Tartu_pedagoogiumi_aruanded, lk 6
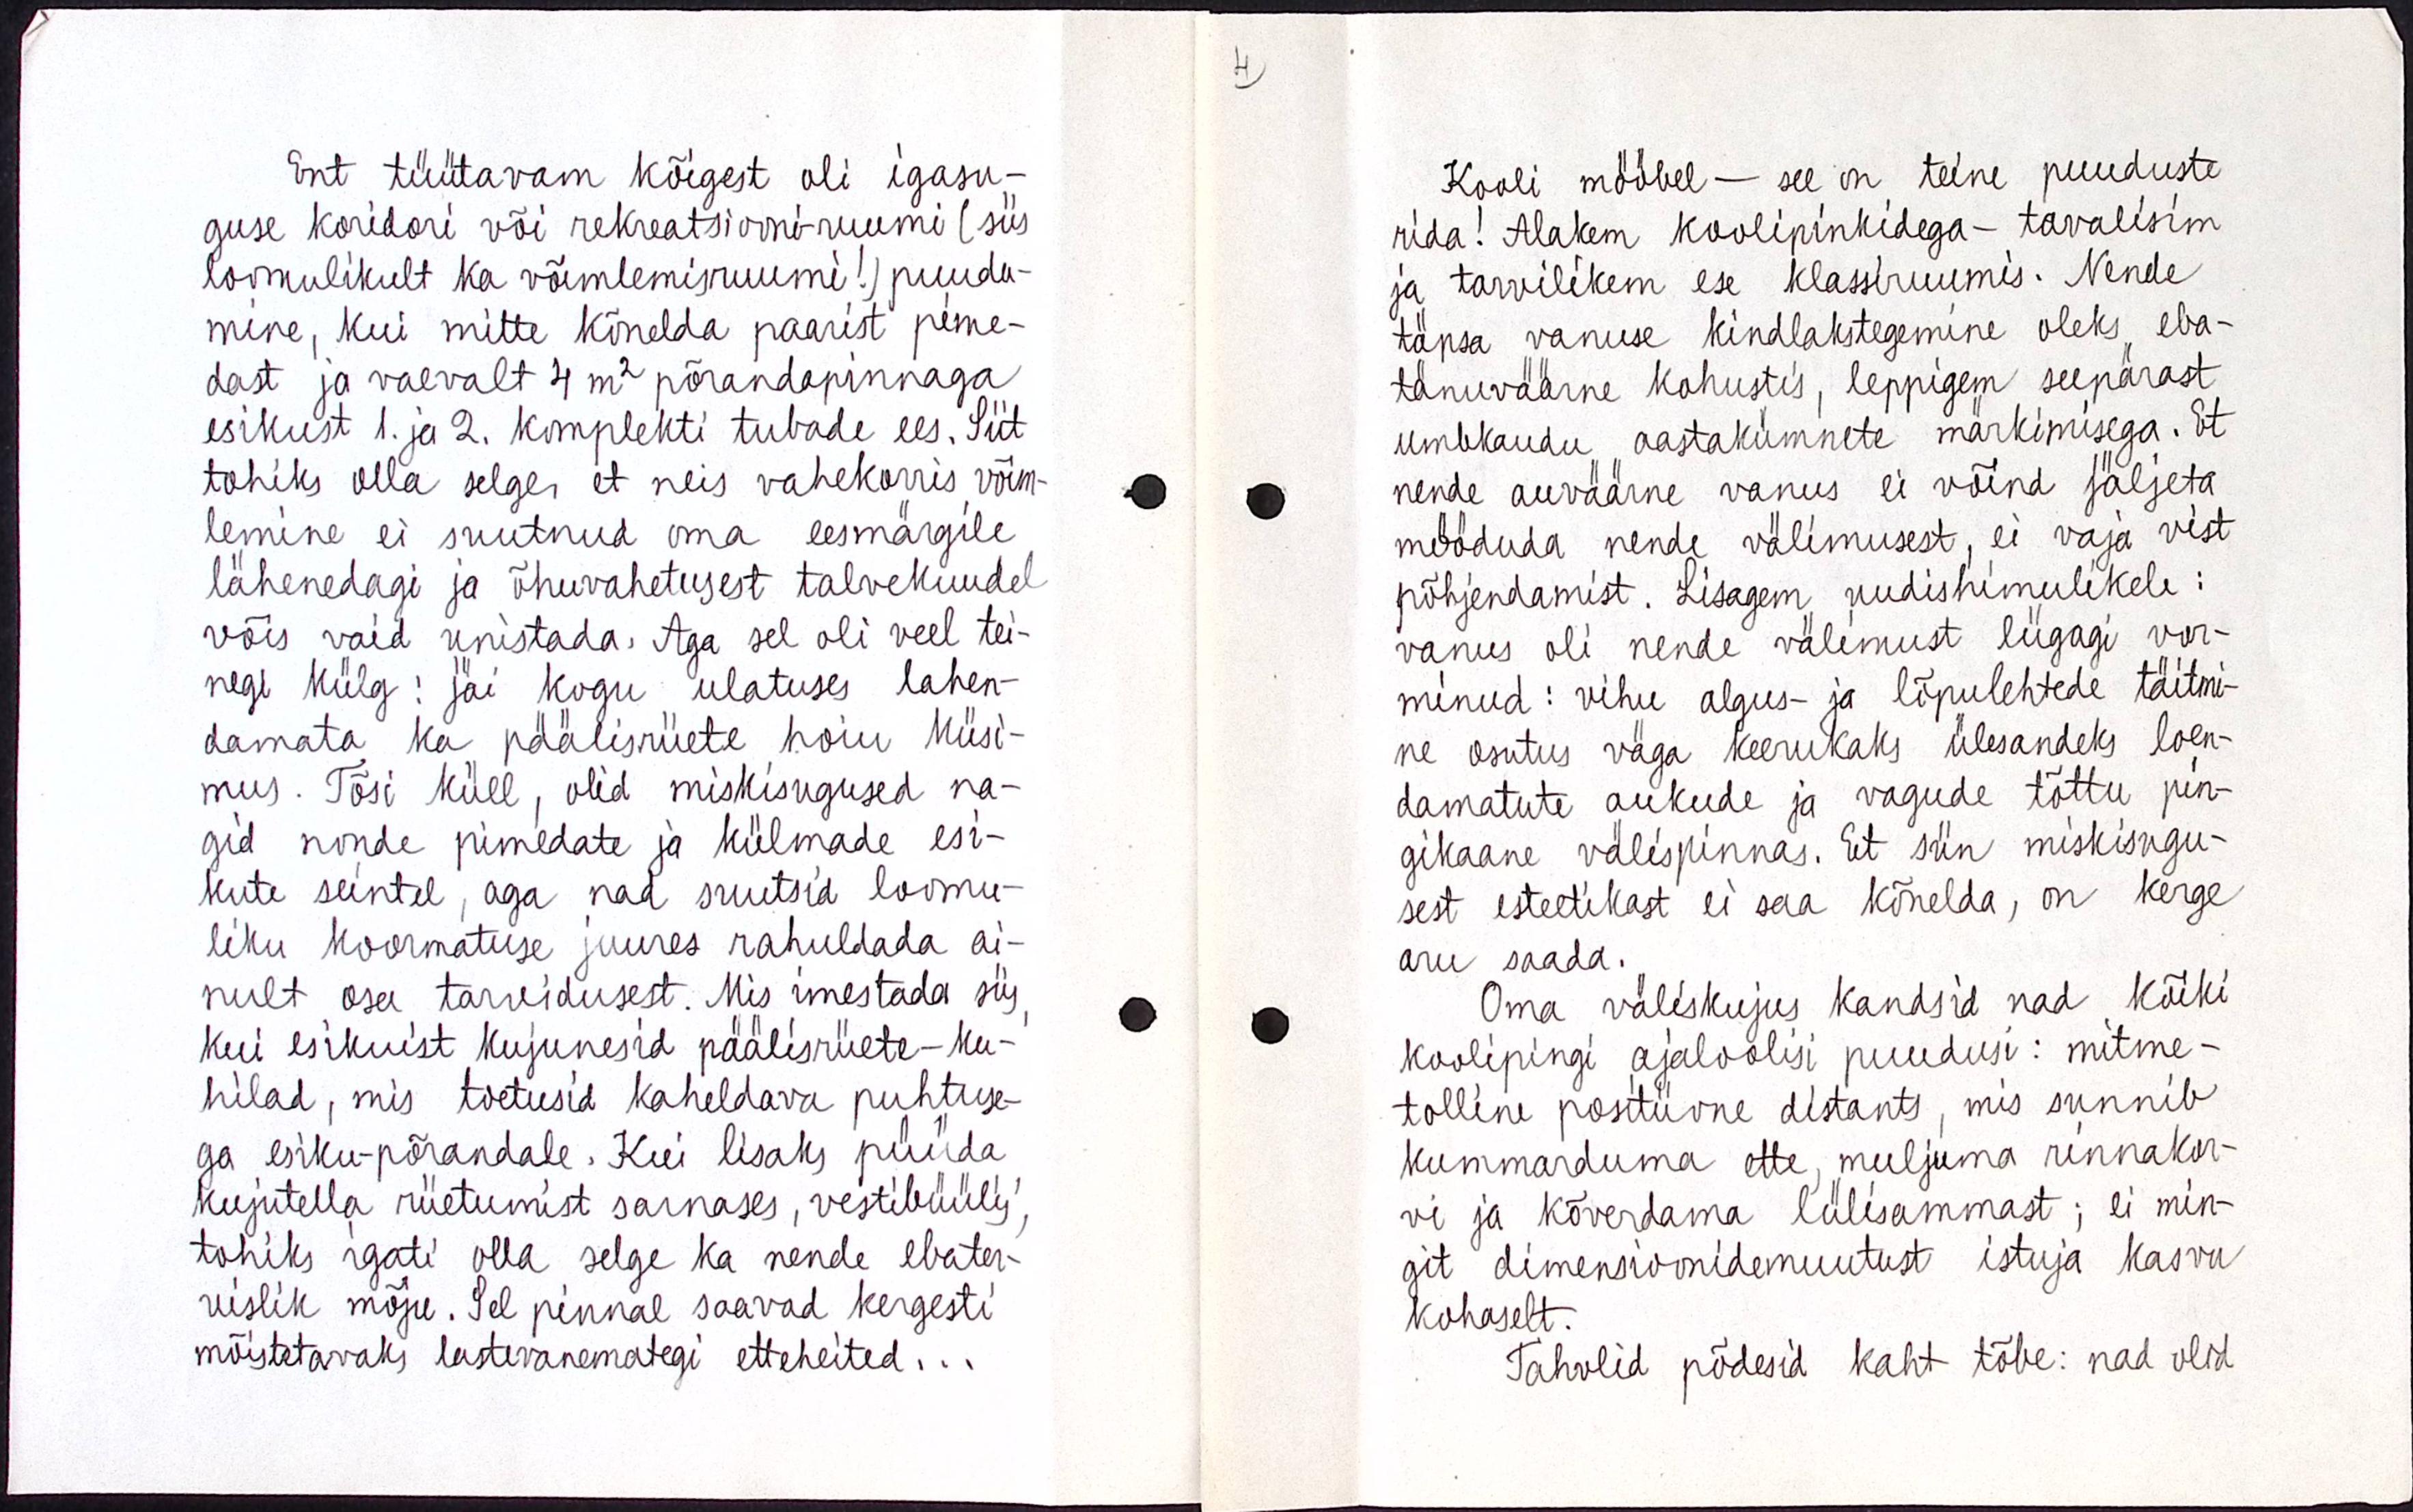
Ent tüütavam kõigest oli igasu-
guse koridori või rekreatsiooniruumi ( siis
loomulikult ka võimlemisruumi! ) puudu-
mine, kui mitte kõnelda paarist pime-
dast ja vaevalt 4 m2 põrandapinnaga
esikust 1. ja 2. komplekti tubade ees. Siit
tohiks olla selge, et neis vahekorris võim-
lemine ei suutnud oma eesmärgile
lähenedagi ja õhuvahetusest talvekuudel
võis vaid unistada. Aga sel oli veel tei-
negi külg : jäi kogu ulatuses lahen-
damata ka päälisriiete hoiu küsi-
mus. Tõsi küll, olid miskisugused na-
gid nenda pimedate ja külmade esi-
kute seintel, aga nad suutsid loomu-
liku koormatuse juures rahuldada ai-
nult osa tarvidusest. Mis imestada siis,
kui esikuist kujunesid päälisriiete - ku-
hilad, mis toetusid kaheldava puhtuse-
ga esiku-põrandale. Kui lisaks püüda
kujutella riietumist sarnases, vestibüülis,
tohiks igati olla selge ka nende ebater-
vislik mõju. Sel pinnal saavad kergesti
mõistetavaks lastevanemategi etteheited...

Kooli mööbel - see on teine puuduste
rida! Alakem koolipinkidega - tavalisim
ja tarvilikem ese klassiruumis. Nende
täpsa vanuse kindlakstegemine oleks eba-
tänuväärne kohustus, leppigem seepärast,
umbkaudu aastakümnete märkimisega. Et
nende auväärne vanus ei võind jäljeta
mööduda nende välimusest, ei vaja vist
põhjendamist. Lisagem uudishimulikele :
vanus oli nende välimust liigagi vor-
minud : vihu algus- ja lõpulehtede täitmi-
ne asutus väga keerukaks ülesandeks loen-
damatute aukude ja vagude tõttu pin-
gikaane välispinnas. Et siin miskisugu-
sest esteetikast ei saa kõnelda, on kerge
aru saada.
Oma väliskujus kandsid nad kõiki
koolipingi ajaloolisi puudusi : mitme-
tolline positiivne distants, mis sunnib
kummarduma ette, muljuma rinnakor-
vi ja kõverdama lülisammast ; ei min-
git dimensioonidemuutust istuja kasvu
kohaselt.
Tahvlid põdesid kaht tõbe : nad olid